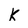
Character: k